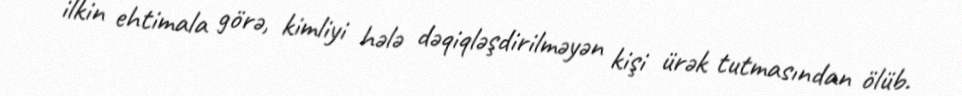
ilkin ehtimala görə, kimliyi hələ dəqiqləşdirilməyən kişi ürək tutmasından ölüb.